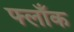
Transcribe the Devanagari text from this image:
फ्लाँक